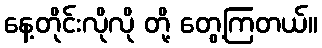
နေ့တိုင်းလိုလို တို့ တွေ့ကြတယ်။